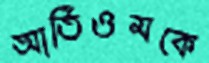
আর্তিওমকে